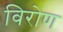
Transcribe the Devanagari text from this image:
विरोण